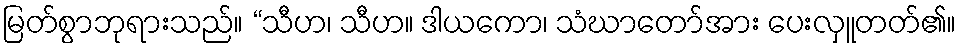
မြတ်စွာဘုရားသည်။ “သီဟ၊ သီဟ။ ဒါယကော၊ သံဃာတော်အား ပေးလှူတတ်၏။